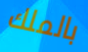
بالملك